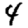
Digit: 4